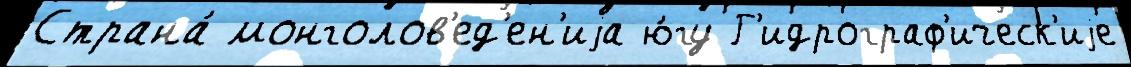
Страна́ монголов'ед'ен'иjа ю́гу Г'идрограф'ическ'иjе